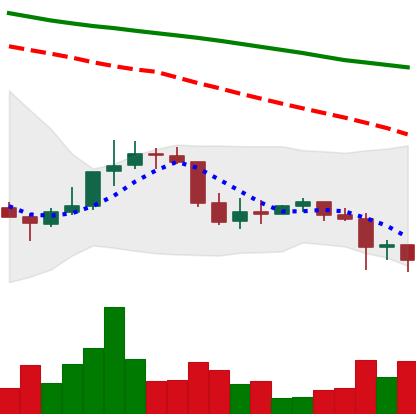
Ticker: DOGE-USD
Chart end date: 2022-01-07
Forward return: 4.276%
Label: up_3_5